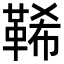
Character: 𩊽